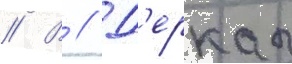
// В // Д'еркач